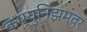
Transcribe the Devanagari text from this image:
कम्युनिझमवर